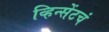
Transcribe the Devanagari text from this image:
व्हिन्सेंटचं